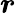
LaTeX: \boldsymbol{r}